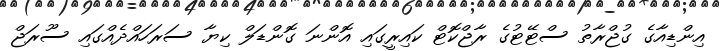
އިންޑިއާގެ ގުޖްރާތު ސްޓޭޓުގެ ރާޖްކޮޓް ކައިރީގައި އޮންނަ ގޮންޑަލް ކިޔާ ސަރަހައްދެއްގައި ސޫރަޖް